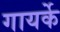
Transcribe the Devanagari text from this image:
गायर्के